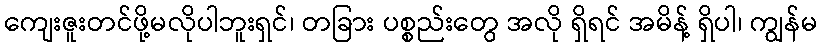
ကျေးဇူးတင်ဖို့မလိုပါဘူးရှင်၊ တခြား ပစ္စည်းတွေ အလို ရှိရင် အမိန့် ရှိပါ၊ ကျွန်မ